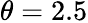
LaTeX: \theta=2.5